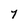
Character: Y